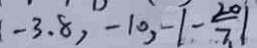
( - 3 . 8 , - 1 0 , - \vert - \frac { 2 0 } { 7 } \vert